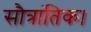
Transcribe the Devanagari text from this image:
सौत्रांतिक।